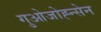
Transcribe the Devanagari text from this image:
गुओजोह्न्सेन